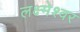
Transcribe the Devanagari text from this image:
लक्ष्मेश्‍वर